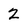
Character: 2